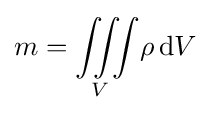
{m}={\iiint \limits _{V}\!\rho \,\mathrm {d} V}